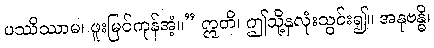
ပဿိဿာမ၊ ဖူးမြင်ကုန်အံ့။” ဣတိ၊ ဤသို့နှလုံးသွင်း၍။ အနုဗန္ဓိ၊